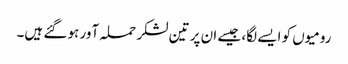
رومیوں کو ایسے لگا، جیسے ان پر تین لشکر حملہ آور ہو گئے ہیں۔